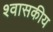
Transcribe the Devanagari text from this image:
श्वासकीय